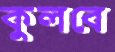
কুলবে